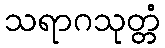
သရာဂသုတ္တံ